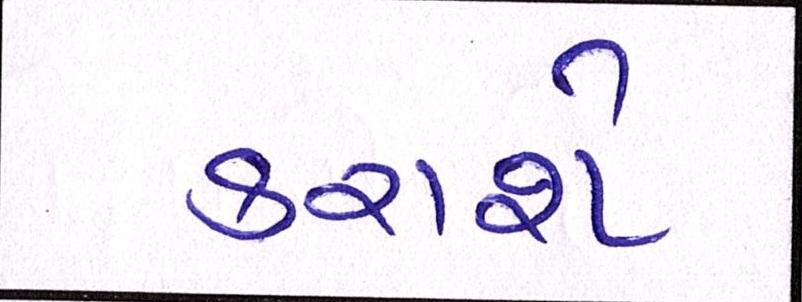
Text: કરાશે